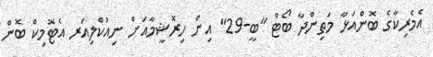
އެމެރިކާގެ ބޮންއަޅާ މަތިންދާ ބޯޓް "ބީ-29" އިން ހިރޮޝީމާއަށް ނިއުކްލިއަރ އެޓޮމިކް ބޮން